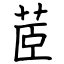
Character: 茝